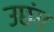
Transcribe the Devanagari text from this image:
उछंग